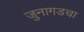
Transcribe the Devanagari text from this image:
जुनागडचा